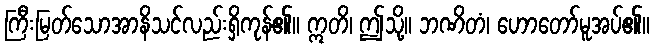
ကြီးမြတ်သောအာနိသင်လည်းရှိကုန်၏။ ဣတိ၊ ဤသို့။ ဘဏိတံ၊ ဟောတော်မူအပ်၏။